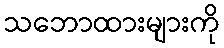
သဘောထားများကို